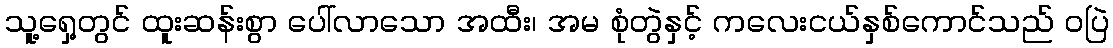
သူ့ရှေ့တွင် ထူးဆန်းစွာ ပေါ်လာသော အထီး၊ အမ စုံတွဲနှင့် ကလေးငယ်နှစ်ကောင်သည် ဝပြဲ